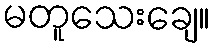
မတူသေးချေ။